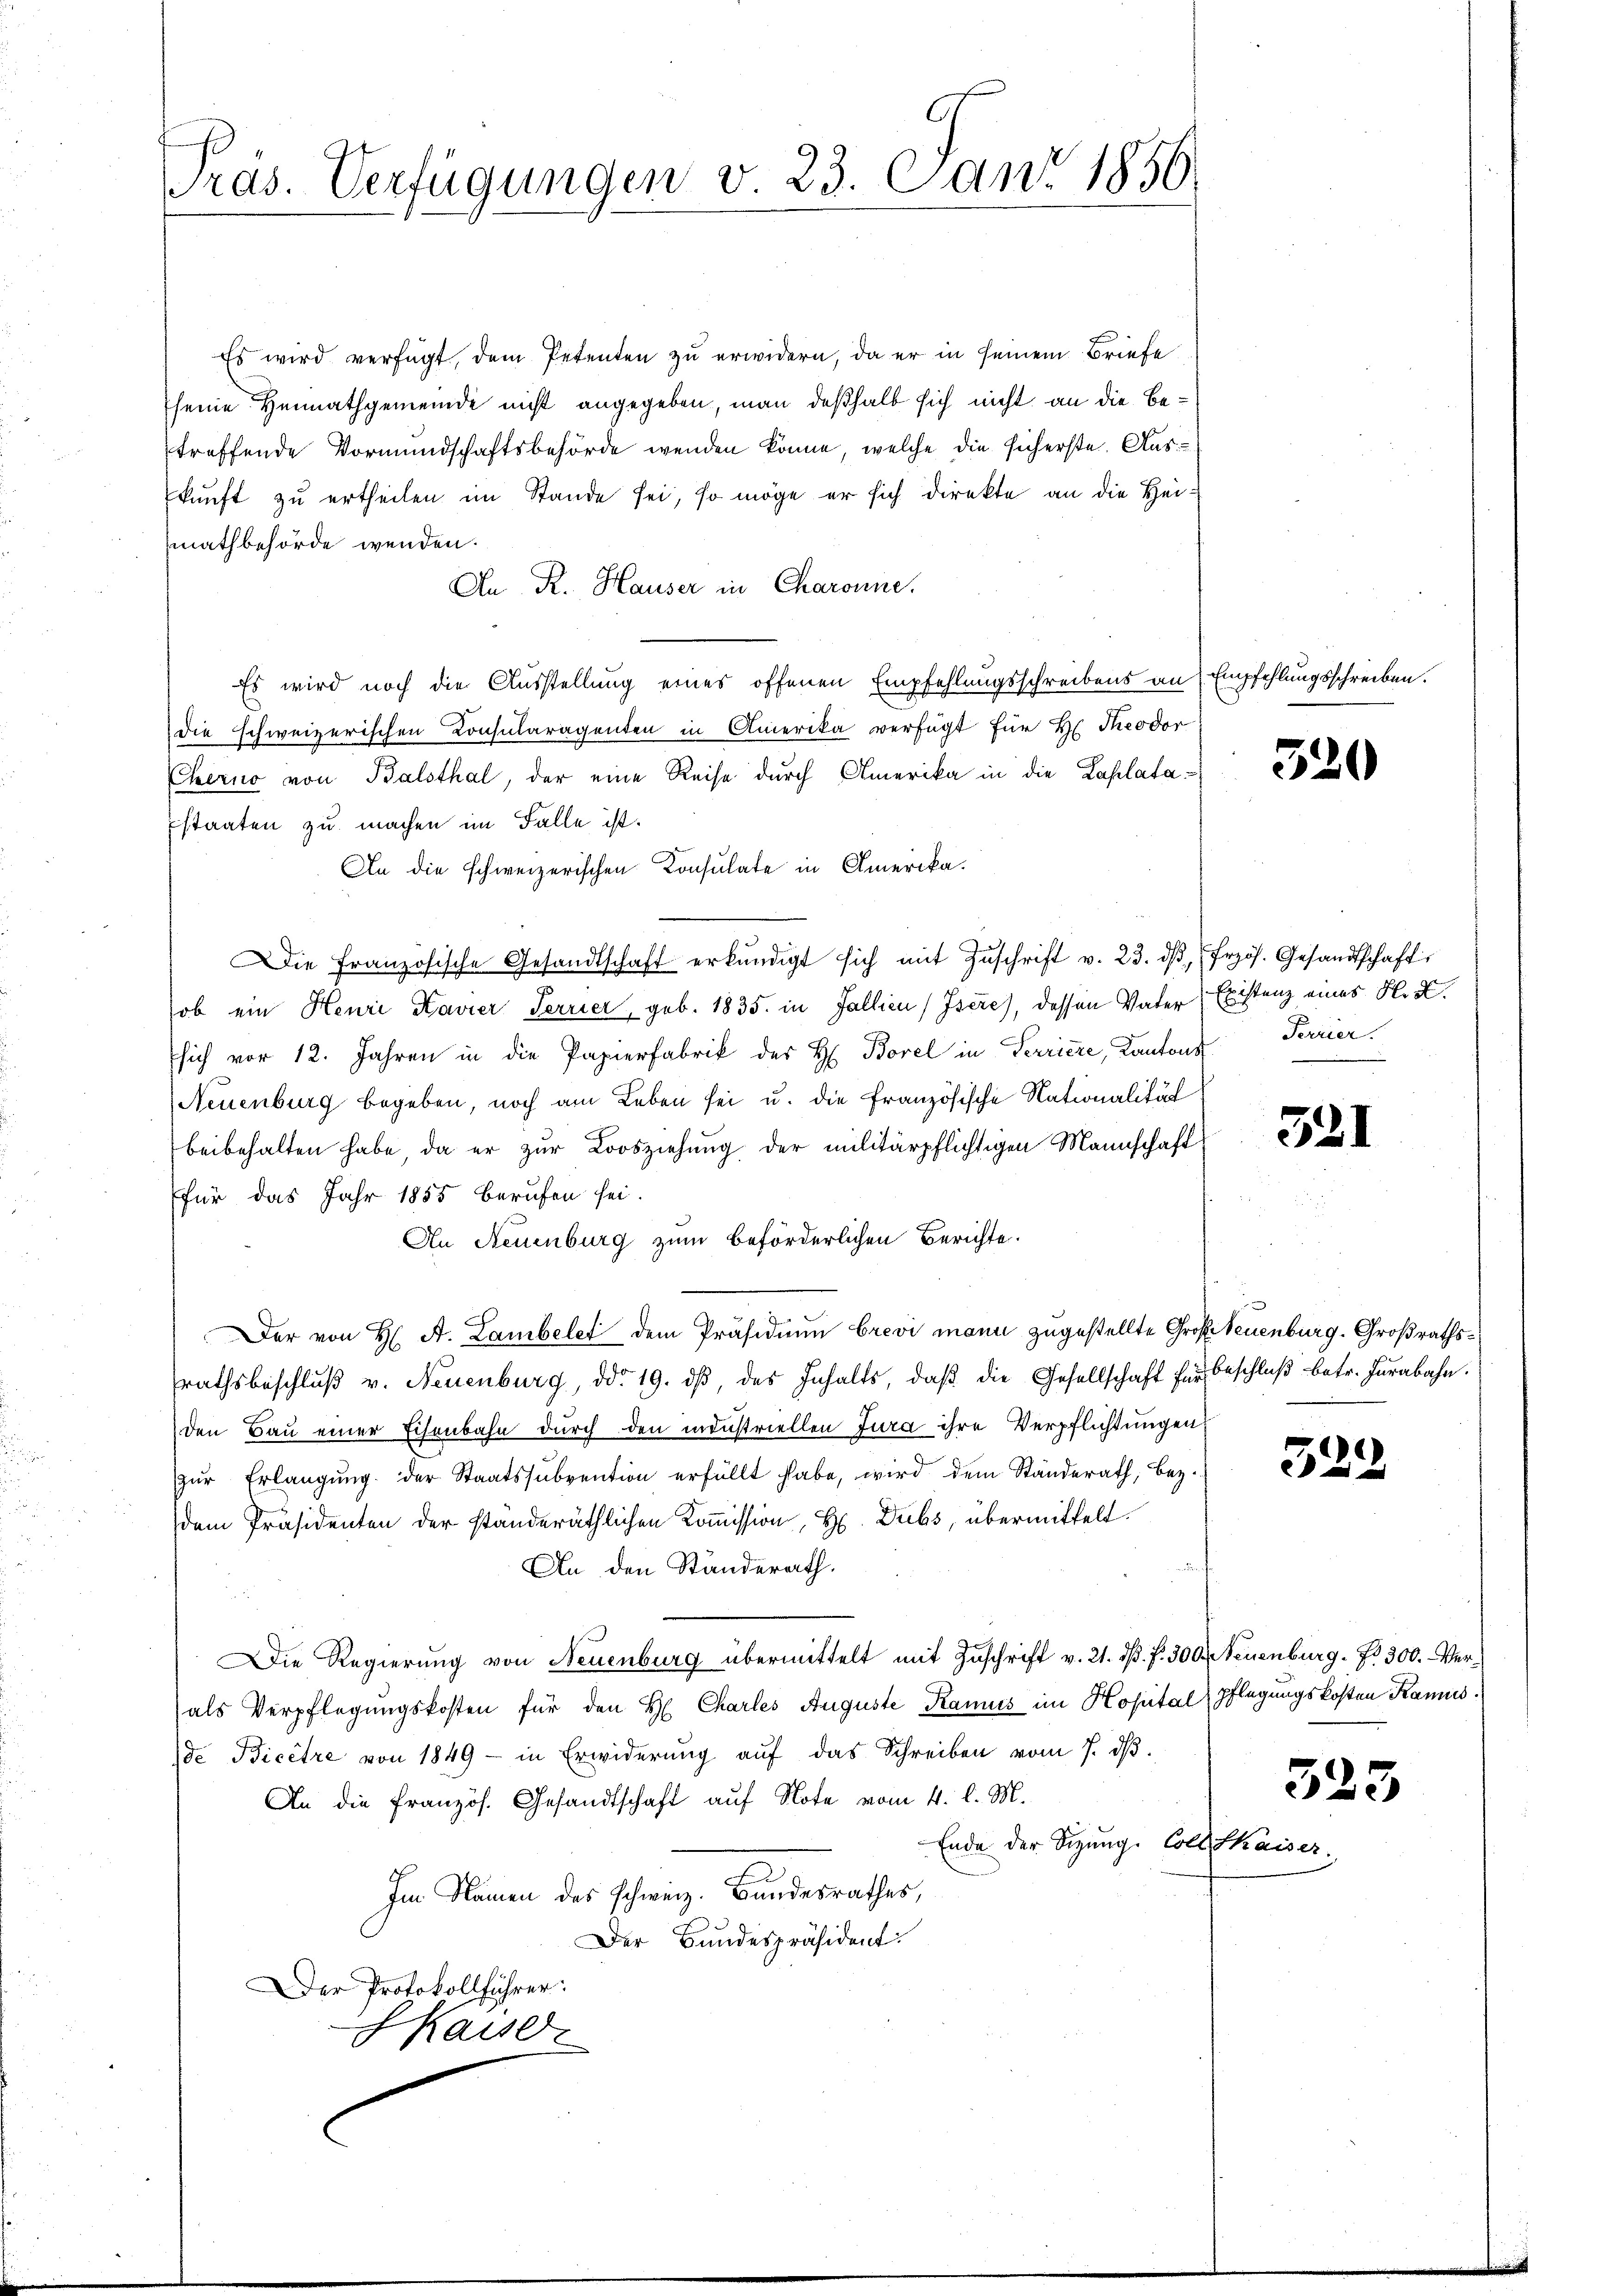
Pras. Verfügungen v. 23. Can. 1850.

Es wird verfügt, dem Petenten zu erwidern, da er in seinem Briefe
seine Heimathgemeinde nicht angegeben, man deßhalb sich nicht an die Betroffende Vormundschaftsbehörde wenden könne, welche die sicherste. Auskunft zu ertheilen im Stande sei, so möge er sich direkte an die Heimathbehörde wenden.
An R. Hauser in Charonne.
Es wird noch die Ausstellung eines offenen Empfehlungsschreibens an
die schweizerischen Consularagenten in Amerika verfügt für Hr. Theodor
Chero von Balsthal, der eine Reise durch Amerika in die Laplatastaaten zu machen im Falle ist.
An die schweizerischen Konsulate in Amerika¬
Die Französische Gesandtschaft erkŭndigt sich mit Zŭschrift v. 23. dβ frzös. Gesandtschaft.
ob ein Henri Kavier Terrier, geb. 1835. in Fallien (Isére), dessen Vater Existenz eines K. K.
Esich vor 12. Jahren in die Papierfabrik des H. Borel in Terriere, Kantons Terrier.
(Neuenburg begeben, noch am Leben sei u. die französische Nationalität
beibehalten habe, da er zur Loosziehung der militärpflichtigen Mannschaft
(für das Jahr 1855 berufen sei.
An Neuenburg zum beförderlichen Berichte.
Der von H. A. Lambelet dem Präsidium brevi mann zugestellte Große Neuenburg. Großrathsrathsbeschlŭβ v. Neuenburg, ddo 19. dβ, des Inhalts, daβ die Gesellschaft für Beschlŭβ betr. Furabahn.
den Bau einer Eisenbahn durch den industriellen Jura ihre Verpflichtungen
zŭr Erlangung der Staatssubvention erfüllt habe, wird dem Ständerath, bez.
dem Präsidenten der standeräthlichen Kommission, H. Dubs, übermittelt.
An den Standerath.
Die Regierŭng von Neuenburg übermittelt mit Zŭschrift v. 21. ds. f. 300. Neuenburg. Fr. 300. - Ver-
als Verpflegungskosten für den H. Charles Auguste Kamus im Kopitalpflegungskosten Kanns.
d. Bicêtre von 1849 - in Erwiderung auf das Schreiben vom 7. dβ.
An die Französ. Gesandtschaft auf Note vom 4. d. M.
Ende der Sitzung. Collette
Im Namen des schweiz. Bundesrathes,
Der Bundespräsident
Der Protokollführer:
Skaiser

Empfehlungsschreiben.

520

321

533

525